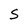
Character: S